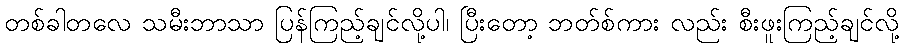
တစ်ခါတလေ သမီးဘာသာ ပြန်ကြည့်ချင်လို့ပါ၊ ပြီးတော့ ဘတ်စ်ကား လည်း စီးဖူးကြည့်ချင်လို့